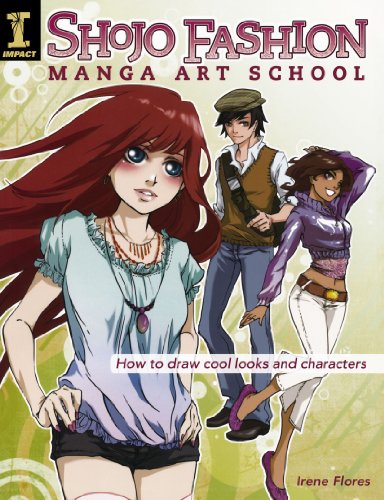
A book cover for Shojo Fashion Manga Art School: How to Draw Cool Looks and Characters; Irene Flores; Arts & Photography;